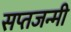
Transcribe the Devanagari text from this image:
सप्तजन्मी